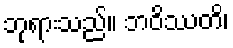
ဘုရားသည်။ ဘဝိဿတိ၊